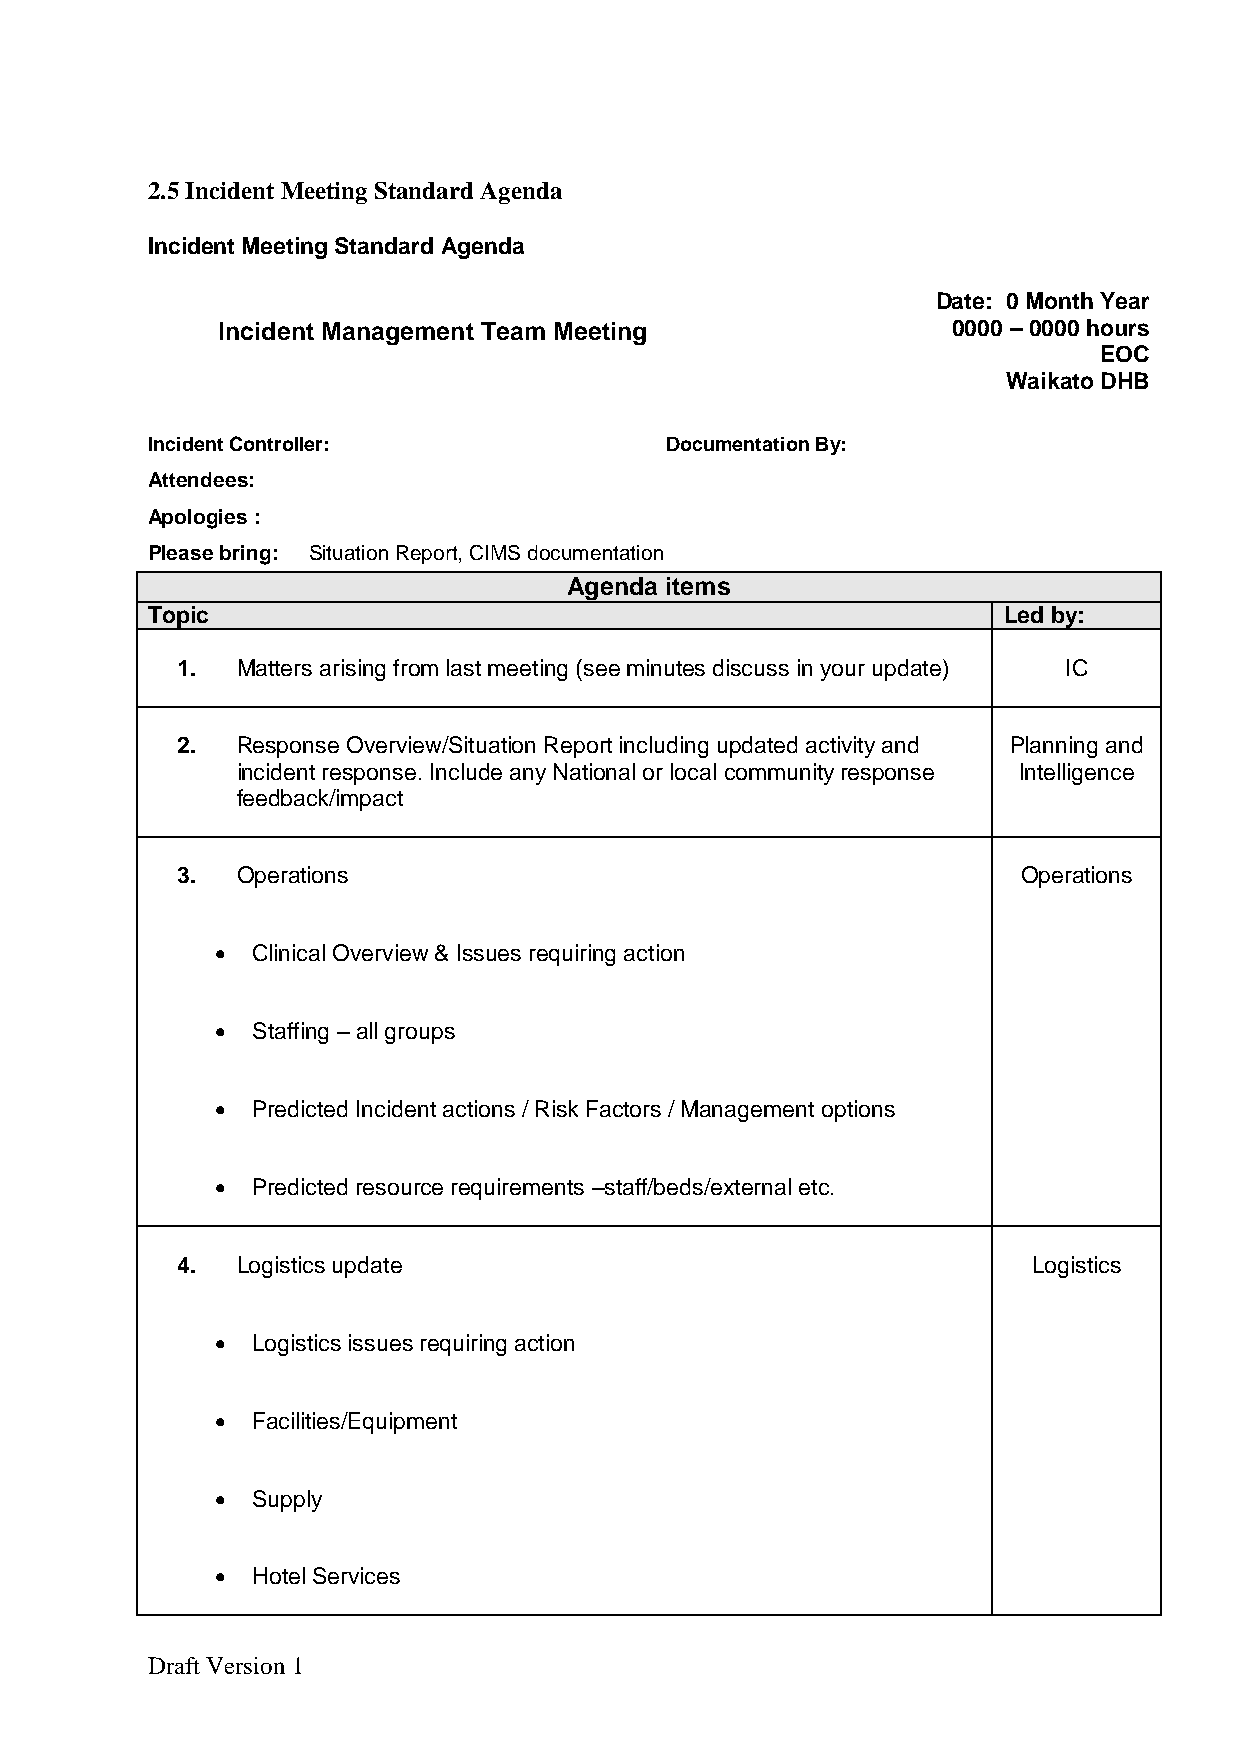
2.5 Incident Meeting Standard Agenda
 Incident Meeting Standard Agenda
 Date: 0 Month Year
 Incident Management Team Meeting                 0000 – 0000 hours
 EOC
 Waikato DHB
 Incident Controller:              Documentation By:
 Attendees:
 Apologies :
 Please bring: Situation Report, CIMS documentation
 Agenda items
 Topic                                                   Led by:
 1.  Matters arising from last meeting (see minutes discuss in your update) IC
 2.  Response Overview/Situation Report including updated activity and Planning and
 incident response. Include any National or local community response Intelligence
 feedback/impact
 3.  Operations                                          Operations
   Clinical Overview & Issues requiring action
   Staffing – all groups
   Predicted Incident actions / Risk Factors / Management options
   Predicted resource requirements –staff/beds/external etc.
 4.  Logistics update                                    Logistics
   Logistics issues requiring action
   Facilities/Equipment
   Supply
   Hotel Services
 Draft Version 1